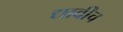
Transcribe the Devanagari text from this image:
द्यावीच